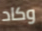
وكاد